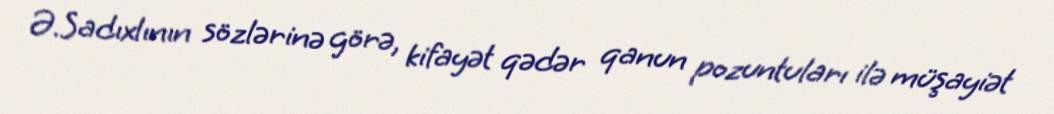
Ə.Sadıxlının sözlərinə görə, kifayət qədər qanun pozuntuları ilə müşayiət